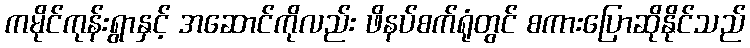
ကမိုင်ကုန်းရွာနှင့် အဆောင်ကိုလည်း ဖိနပ်စက်ရုံတွင် စကားပြောဆိုနိုင်သည်